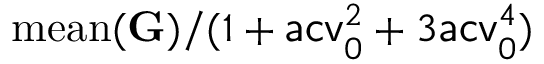
\mathrm { m e a n } ( \mathbf G ) / ( 1 + \mathsf { a c v } _ { 0 } ^ { 2 } + 3 \mathsf { a c v } _ { 0 } ^ { 4 } )